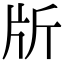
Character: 𣂔